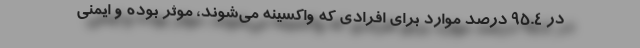
در 95.4 درصد موارد برای افرادی که واکسینه می‌شوند، موثر بوده و ایمنی